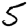
Digit: 5